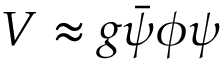
V \approx g { \bar { \psi } } \phi \psi